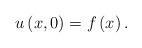
LaTeX: \begin{align*}u\left( x,0\right) =f\left( x\right) . \end{align*}